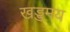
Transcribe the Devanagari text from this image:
खड्डमय